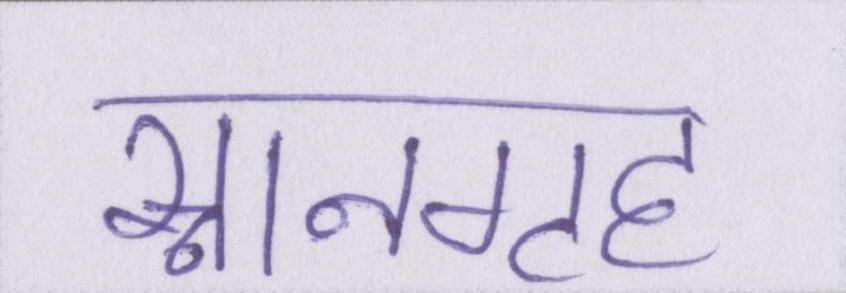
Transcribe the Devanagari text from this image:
स्नानगृह